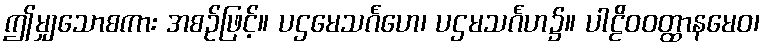
ဤမျှသောစကား အစဉ်ဖြင့်။ ပဌမေသင်္ဂဟေ၊ ပဌမသင်္ဂဟ၌။ ပါဠိဝဝတ္ထာနမေဝ၊